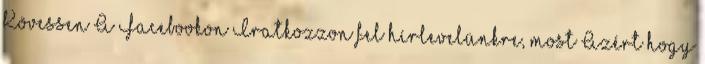
Kövessen A Facebookon Iratkozzon fel hírlevelünkre, most Azért hogy